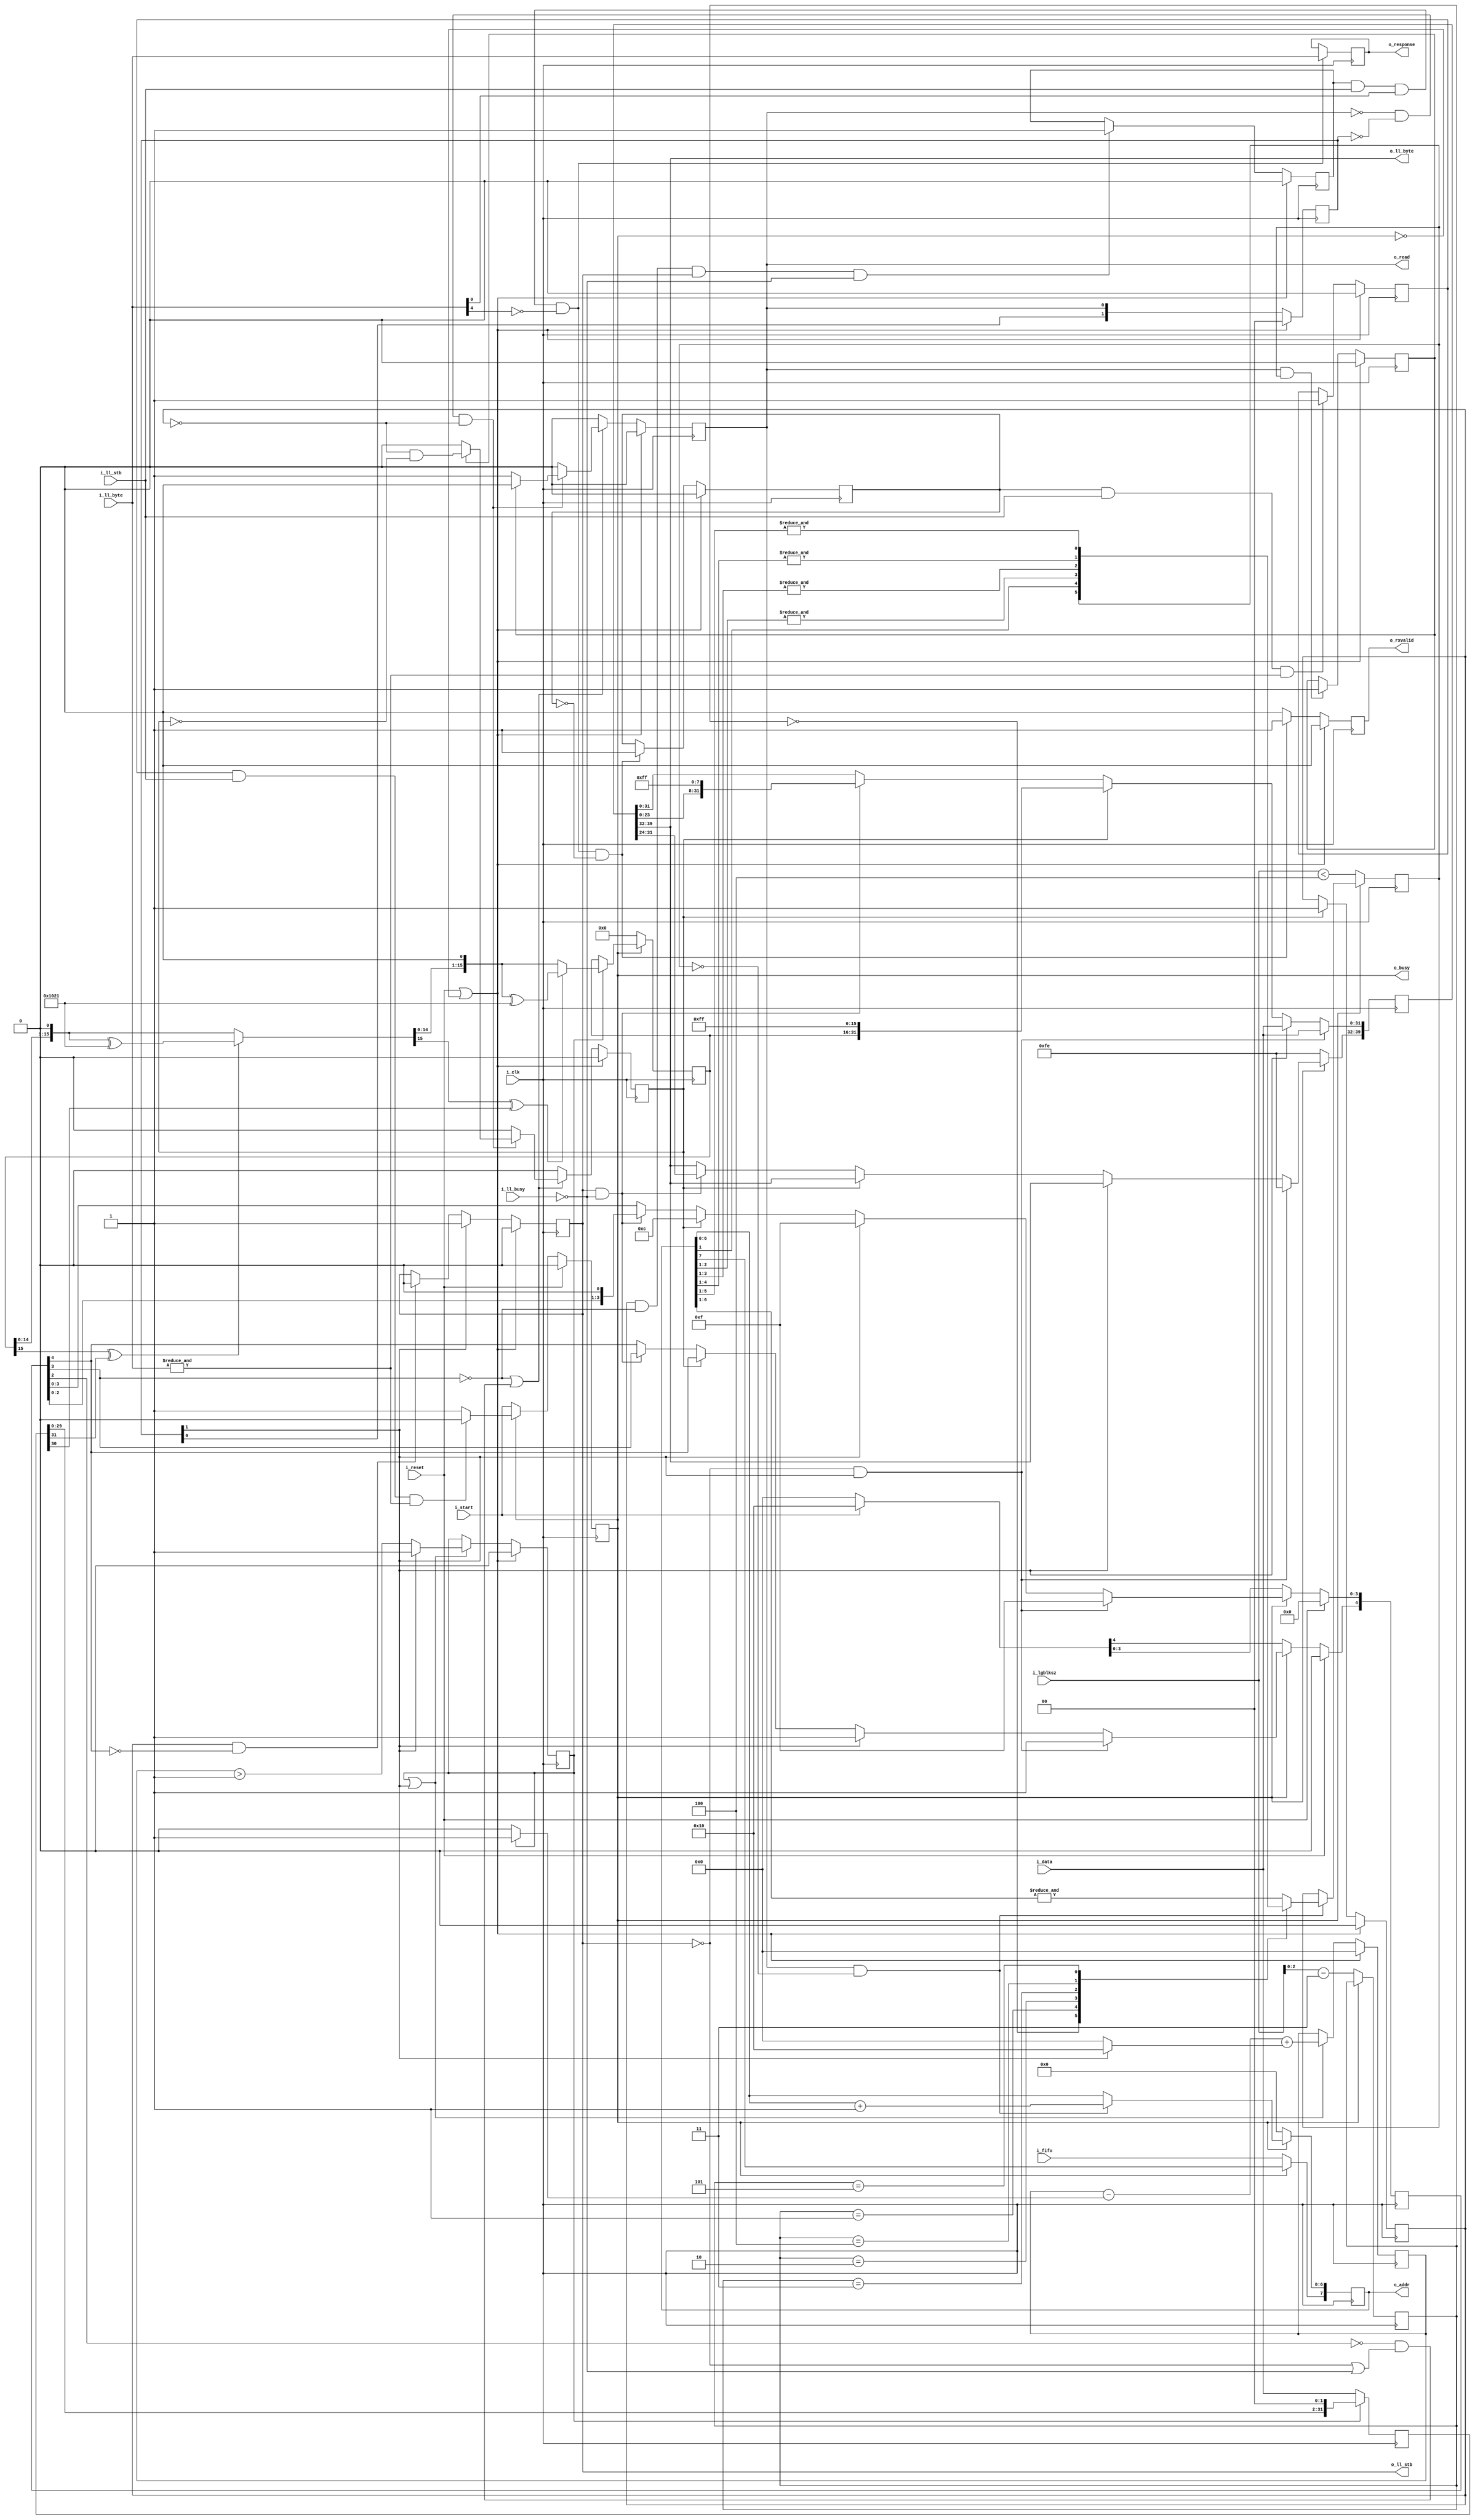
module spitxdata #(
		// {{{
		parameter	DW = 32, AW = 8, RDDELAY = 2,
		parameter [0:0]	OPT_LITTLE_ENDIAN = 1'b0,
		localparam	CRC_POLYNOMIAL = 16'h1021
		// }}}
	) (
		// {{{
		input	wire	i_clk, i_reset,
		//
		input	wire		i_start,
		input	wire	[3:0]	i_lgblksz,
		input	wire		i_fifo,
		output	reg		o_busy,
		//
		output	reg 		o_read,
		output	reg [AW-1:0]	o_addr,
		input	wire [DW-1:0]	i_data,
		//
		input	wire		i_ll_busy,
		output	reg		o_ll_stb,
		output	wire [7:0]	o_ll_byte,
		//
		input	wire		i_ll_stb,
		input	wire [7:0]	i_ll_byte,
		//
		output	reg 		o_rxvalid,
		output	reg [7:0]	o_response
		// }}}
	);

	// Signal declarations
	// {{{
	reg	[RDDELAY-1:0]		rdvalid;
	reg	[8+DW-1:0]		gearbox;
	reg	[1+(DW/8)-1:0]		fill;
	reg				crc_flag, crc_stb, data_read,
					all_mem_read;

	reg				lastaddr, data_sent, received_token,
					all_idle;
	reg				crc_active;
	reg [$clog2(1+DW/2)-1:0]	crc_fill;
	(* keep *) reg	[DW-1:0]	crc_gearbox;
	reg	[15:0]			crc_data;

	reg				token;
	reg	[2:0]			r_lgblksz_m3;
	reg	[15:0]			next_crc_data;
	// }}}

	// token
	// {{{
	always @(*)
		token = (data_sent && i_ll_stb && i_ll_byte[0] &&!i_ll_byte[4]);
	// }}}

	// o_busy
	// {{{
	initial	o_busy = 0;
	always @(posedge i_clk)
	if (i_reset)
		o_busy <= 0;
	else if (!o_busy)
		o_busy <= i_start;
	else if (all_idle && i_ll_stb && (&i_ll_byte))
		o_busy <= 0;
	// }}}

	// o_rxvalid, received_token
	// {{{
	initial	o_rxvalid = 0;
	initial	received_token = 0;
	always @(posedge i_clk)
	if (i_reset || !o_busy)
		{ received_token, o_rxvalid } <= 0;
	else if (token && !received_token)
		{ received_token, o_rxvalid } <= 2'b11;
	else
		o_rxvalid <= 0;
	// }}}

	// all_idle
	// {{{
	initial	all_idle = 0;
	always @(posedge i_clk)
	if (i_reset || !o_busy)
		all_idle <= 0;
	else if (received_token && i_ll_stb && (&i_ll_byte))
		all_idle <= 1'b1;
	// }}}

	// o_response
	// {{{
	always @(posedge i_clk)
	if (token)
		o_response <= i_ll_byte;
	// }}}

	// o_read & o_addr
	// 0: arbited read request
	// 1: read data
	// 2: muxed read data

	// rdvalid
	// {{{
	initial	rdvalid = 0;
	always @(posedge i_clk)
	if (i_reset || !o_busy)
		rdvalid <= 0;
	else
		rdvalid <= { rdvalid[RDDELAY-2:0], o_read };
	// }}}

	// o_ll_stb
	// {{{
	initial	o_ll_stb = 0;
	always @(posedge i_clk)
	if (i_reset || !o_busy)
		o_ll_stb <= 0;
	else if (rdvalid[RDDELAY-1])
		o_ll_stb <= 1;
	else if (data_read && !fill[4])
		o_ll_stb <= 0;
	// }}}

	// fill
	// {{{
	initial	fill = 0;
	always @(posedge i_clk)
	begin
		if (!o_ll_stb && rdvalid[RDDELAY-1])
		begin
			if (OPT_LITTLE_ENDIAN)
				gearbox <= { i_data, 8'hfe };
			else
				gearbox <= { 8'hfe, i_data };
			fill <= 5'h1f;
		end else if (rdvalid[RDDELAY-1])
		begin
			if (OPT_LITTLE_ENDIAN)
				gearbox <= { i_data, gearbox[7:0] };
			else
				gearbox <= { gearbox[DW+8-1:DW], i_data };
			fill <= 5'h1f;
		end else if (crc_stb)
		begin
			if (OPT_LITTLE_ENDIAN)
				gearbox <= { 16'hff, crc_data[7:0], crc_data[15:8], gearbox[7:0] };
			else
				gearbox <= { gearbox[DW+8-1:DW], crc_data, 16'hff };
			fill[3:0] <= 4'hc;
		end else if (o_ll_stb && !i_ll_busy)
		begin
			if (OPT_LITTLE_ENDIAN)
				gearbox <= { 8'hff, gearbox[DW+8-1:8] };
			else
				gearbox <= { gearbox[DW-1:0], 8'hff };
			fill <= fill << 1;
		end

		if (!o_busy)
		begin
			if (OPT_LITTLE_ENDIAN)
				gearbox[7:0] <= 8'hfe;	// Start token
			else
				gearbox[39:32] <= 8'hfe;	// Start token
		end

		if (i_reset)
			fill <= 0;
		else if (!o_busy)
			fill <= (i_start) ? 5'h10 : 0;
	end
	// }}}

	generate if (OPT_LITTLE_ENDIAN)
	begin : GEN_LILEND
		assign	o_ll_byte = gearbox[7:0];
	end else begin : GEN_BIG_ENDIAN
		assign	o_ll_byte = gearbox[39:32];
	end endgenerate

	// crc_stb, o_read
	// {{{
	initial	{ crc_stb, o_read } = 0;
	always @(posedge i_clk)
	if (i_reset || !o_busy)
		{ crc_stb, o_read } <= 0;
	else if (!fill[3] || (!fill[2] && (!o_ll_stb || !i_ll_busy)))
	begin
		{ crc_stb, o_read } <= 0;
		if (!o_read && rdvalid == 0 && !data_read)
		begin
			if (!all_mem_read)
				o_read <= 1;
			else
				crc_stb <= (!crc_flag)&&(!crc_stb);
		end
	end else
		{ crc_stb, o_read } <= 0;
	// }}}

	// o_addr
	// {{{
	always @(posedge i_clk)
	if (!o_busy)
		o_addr <= { i_fifo, {(AW-1){1'b0}} };
	else if (o_read && !lastaddr)
		o_addr[AW-2:0] <= o_addr[AW-2:0] + 1;
	// }}}

	// all_mem_read
	// {{{
	initial	all_mem_read = 0;
	always @(posedge i_clk)
	if (i_reset || !o_busy)
		all_mem_read <= 0;
	else if (o_read && lastaddr)
		all_mem_read <= 1;
	// }}}

	// crc_flag
	// {{{
	initial	crc_flag = 0;
	always @(posedge i_clk)
	if (i_reset || !o_busy)
		crc_flag <= 0;
	else if (crc_stb)
		crc_flag <= 1;
	// }}}

	// data_read
	// {{{
	always @(*)
		data_read = crc_flag;
	// }}}

	// data_sent
	// {{{
	initial	data_sent = 0;
	always @(posedge i_clk)
	if (i_reset || !o_busy)
		data_sent <= 1'b0;
	else if (data_read && !fill[3] && o_ll_stb && !i_ll_busy)
		data_sent <= 1'b1;
	// }}}

	// r_lgblksz_m3, lastaddr
	// {{{
	initial	r_lgblksz_m3 = 0;
	initial	lastaddr = 0;
	always @(posedge i_clk)
	if (!o_busy)
	begin
		lastaddr <= (i_lgblksz < 4);
		// Verilator lint_off WIDTH
		r_lgblksz_m3 <= i_lgblksz-3;
		// Verilator lint_on WIDTH
	end else if (o_read && !lastaddr)
	begin
		case(r_lgblksz_m3)
		0: begin end // assert(lastaddr);		//   8 bytes
		1: lastaddr <= (&o_addr[1:1]);	//  16 bytes
		2: lastaddr <= (&o_addr[2:1]);	//  32 bytes
		3: lastaddr <= (&o_addr[3:1]);	//  64 bytes
		4: lastaddr <= (&o_addr[4:1]);	// 128 bytes
		5: lastaddr <= (&o_addr[5:1]);	// 256 bytes
		default: lastaddr <= (&o_addr[6:1]);	// 512 bytes
		endcase
	end
	// }}}

	////////////////////////////////////////////////////////////////////////
	//
	// CRC calculation
	// {{{
	////////////////////////////////////////////////////////////////////////
	//
	//

	// crc_fill
	// {{{
	initial	crc_fill = 0;
	always @(posedge i_clk)
	if (i_reset || !o_busy)
	begin
		crc_fill <= 0;
		crc_active <= 0;
	end else if (crc_active || rdvalid[RDDELAY-1])
	begin
		// Verilator lint_off WIDTH
		crc_fill <= crc_fill - (crc_active ? 1:0)
					+ (rdvalid[RDDELAY-1] ? (DW/2):0);
		// Verilator lint_on WIDTH
		if (rdvalid[RDDELAY-1])
			crc_active <= 1;
		else
			crc_active <= (crc_fill > 1);
	end
	// }}}

	// crc_gearbox
	// {{{
	always @(posedge i_clk)
	if (!crc_active)
	begin
		if (OPT_LITTLE_ENDIAN)
			crc_gearbox <= { i_data[7:0], i_data[15:8], i_data[23:16], i_data[31:24] };
		else
			crc_gearbox <= i_data;
	end else
		crc_gearbox <= { crc_gearbox[DW-3:0], 2'b00 };
	// }}}

	// next_crc_data
	// {{{
	always @(*)
	begin
		next_crc_data = crc_data << 1;;

		if (crc_data[15] ^ crc_gearbox[31])
			next_crc_data = next_crc_data ^ CRC_POLYNOMIAL;

		if (next_crc_data[15] ^ crc_gearbox[30])
			next_crc_data = (next_crc_data << 1) ^ CRC_POLYNOMIAL;
		else
			next_crc_data = (next_crc_data << 1);
	end
	// }}}

	// crc_data
	// {{{
	always @(posedge i_clk)
	if (!o_busy)
		crc_data <= 0;
	else if (crc_active)
		crc_data <= next_crc_data;
	// }}}
	// }}}
////////////////////////////////////////////////////////////////////////////////
////////////////////////////////////////////////////////////////////////////////
////////////////////////////////////////////////////////////////////////////////
//
// Formal properties
// {{{
////////////////////////////////////////////////////////////////////////////////
////////////////////////////////////////////////////////////////////////////////
////////////////////////////////////////////////////////////////////////////////
`ifdef	FORMAL
`ifdef	SPITXDATA
`define	ASSUME	assume
`else
`define	ASSUME	assert
`endif

	reg		f_past_valid;
	reg	[3:0]	f_lgblksz;
	wire	[3:0]	f_lgblksz_m3;


	initial	f_past_valid = 0;
	always @(posedge i_clk)
		f_past_valid <= 1;

	// Reset check(s)
	always @(posedge i_clk)
	if (!f_past_valid || $past(i_reset))
	begin
		assert(!o_ll_stb);
		assert(!o_busy);
		assert(rdvalid  == 0);
		assert(!o_rxvalid);
	end

	always @(posedge i_clk)
	if (!f_past_valid || !$past(o_busy))
	begin
		assert(rdvalid  == 0);
		assert(!o_rxvalid);
		if (!f_past_valid || $past(i_reset))
			assert(fill == 0);
		else if ($past(i_start))
			assert(fill == 5'h10);
		else
			assert(fill == 0);
		assert(crc_fill == 0);
	end

	////////////////////////////////////////////////////////////////////////
	//
	// Data assumptions
	//
	reg	[6:0]	f_last_read;

	initial	f_last_read = 0;
	always @(posedge i_clk)
	begin
		f_last_read <= f_last_read << 1;
		if (o_ll_stb && !i_ll_busy)
			f_last_read[0] <= 1;
	end

`ifdef	VERIFIC
	always @(*)
		`ASSUME($onehot0({f_last_read, (o_ll_stb && !i_ll_busy)}));
`else
	always @(*)
	case({f_last_read, (o_ll_stb && !i_ll_busy)})
	8'h00: begin end
	8'h01: begin end
	8'h02: begin end
	8'h04: begin end
	8'h08: begin end
	8'h10: begin end
	8'h20: begin end
	8'h40: begin end
	8'h80: begin end
	default: `ASSUME(0);
	endcase
`endif


	always @(*)
	if (i_start)
	begin
		`ASSUME(i_lgblksz <= 9);
		`ASSUME(i_lgblksz  > 2);
	end

	always @(*)
	if (crc_fill > 1)
	begin
		assert(o_ll_stb);
		assert(!crc_stb);
	end

	always @(*)
	if (o_read || rdvalid != 0)
		assert(!o_ll_stb || i_ll_busy);

	////////////////////////////////////////////////////////////////////////
	//
	// Induction assertions
	//

	always @(*)
	if (rdvalid != 0)
		assert(crc_fill <= 1);

	always @(*)
	if (o_busy)
		assert(crc_active == (crc_fill > 0));

	always @(*)
	if (o_read)
		assert(rdvalid == 0);
	else
`ifdef	VERIFIC
		assert($onehot0(rdvalid));
`else
	begin
		assert((rdvalid == 0)
			||(rdvalid == 1)
			||(rdvalid == 2)
			||(rdvalid == 4));
	end
`endif

	always @(*)
	if (o_busy && all_idle)
		assert(received_token);

	always @(*)
	if (o_busy && received_token)
		assert(data_sent);

	always @(*)
	if (o_busy && data_sent)
	begin
		assert(data_read);
		assert(!crc_stb);
		assert(!crc_active);
	end

	always @(*)
	if (crc_fill > 5'h0c)
		assert(&fill[4:1]);
	else if (crc_fill > 4)
		assert(&fill[4:2]);
	else if (crc_fill > 0)
		assert(&fill[4:3]);

	always @(*)
		assert(crc_fill <= 5'h10);
	always @(*)
	if (o_busy && data_read)
	begin
		assert(crc_flag);
		assert(!crc_stb);
		assert(!crc_active);
	end

	always @(*)
	if (o_busy && crc_flag)
	begin
		assert(!crc_stb);
		assert(all_mem_read);
		assert(!crc_active);
	end

	always @(posedge i_clk)
	if (f_past_valid && !$past(i_reset) && $past(o_busy))
		assert($rose(crc_flag) == $past(crc_stb));

	always @(*)
	if (o_busy && all_mem_read)
		assert(lastaddr);

	always @(*)
	if (o_busy && !lastaddr)
		assert(!all_mem_read);

	always @(posedge i_clk)
	if (!o_busy)
		f_lgblksz <= i_lgblksz;

	assign	f_lgblksz_m3 = f_lgblksz - 3;

	always @(*)
	if(o_busy)
		assert(f_lgblksz >= 3);

	always @(*)
	if (o_busy)
		assert(f_lgblksz_m3[2:0] == r_lgblksz_m3);

	always @(*)
	if (o_busy)
	case(r_lgblksz_m3)
	3'h0: assert(lastaddr);			//   8 bytes
	3'h1: assert(lastaddr == (&o_addr[1:0]));	//  16 bytes
	3'h2: assert(lastaddr == (&o_addr[2:0]));	//  32 bytes
	3'h3: assert(lastaddr == (&o_addr[3:0]));	//  64 bytes
	3'h4: assert(lastaddr == (&o_addr[4:0]));	// 128 bytes
	3'h5: assert(lastaddr == (&o_addr[5:0]));	// 256 bytes
	default: assert(lastaddr == (&o_addr[AW-2:0]));
	endcase

	always @(*)
	if (o_ll_stb && !data_sent)
		assert(fill[4]);

	always @(*)
	if (fill != 0)
		assert(fill[DW/8]);

	genvar	k;

	generate for(k=DW/8; k>0; k=k-1)
	begin
		always @(*)
		if ((fill != 0) && !fill[k])
			assert(fill[k-1:0]==0);
	end endgenerate

	always @(posedge i_clk)
	if (f_past_valid && $past(crc_stb))
		assert(!crc_stb);

////////////////////////////////////////////////////////////////////////////////
////////////////////////////////////////////////////////////////////////////////
////////////////////////////////////////////////////////////////////////////////
//
// Formal property section
//
////////////////////////////////////////////////////////////////////////////////
////////////////////////////////////////////////////////////////////////////////
////////////////////////////////////////////////////////////////////////////////
`ifdef	SPITXDATA
	reg	[5:0]		f_read_seq;
	(* anyseq *) reg	f_read_check;
	reg	[DW-1:0]	f_read_data;

	always @(posedge i_clk)
	if (rdvalid[RDDELAY-1])
		f_read_data <= i_data;

	always @(*)
	if (f_read_seq != 0)
		assume(!f_read_check);

	initial	f_read_seq = 0;
	always @(posedge i_clk)
	if (!o_busy)
		f_read_seq <= 0;
	else if (f_read_check && o_read)
		f_read_seq <= 1;
	else if (rdvalid != 0)
	begin
		if (rdvalid[RDDELAY-1])
			f_read_seq <= 2;
	end else if (!i_ll_busy)
		f_read_seq <= (f_read_seq << 1);

	always @(*)
	if (i_reset || !o_busy || (f_read_seq == 0))
	begin end
	else case(f_read_seq)
	6'h01: begin
		assert(rdvalid != 0);
		assert(fill == 5'h10);
		end
	6'h02: begin
		assert(o_ll_stb);
		assert(rdvalid == 0);
		assert(fill == 5'h1f);
		if (OPT_LITTLE_ENDIAN)
			assert(gearbox[DW+8-1:8] == f_read_data);
		else
			assert(gearbox[DW-1:0] == f_read_data);
		end
	6'h04: begin
		assert(o_ll_stb);
		assert(rdvalid == 0);
		assert(fill == 5'h1e);
		if (OPT_LITTLE_ENDIAN)
			assert(gearbox[DW-1:0] == f_read_data);
		else
			assert(gearbox[8+DW-1:8] == f_read_data);
		end
	6'h08: begin
		assert(o_ll_stb);
		assert(rdvalid == 0);
		assert(fill == 5'h1c);
		if (OPT_LITTLE_ENDIAN)
			assert(gearbox[DW-8-1:0] == f_read_data[31:8]);
		else
			assert(gearbox[8+DW-1:16] == f_read_data[23:0]);
		end
	6'h10: begin
		assert(o_ll_stb);
		assert(rdvalid == 0);
		assert(fill == 5'h18);
		if (OPT_LITTLE_ENDIAN)
			assert(gearbox[DW-16-1:0] == f_read_data[31:16]);
		else
			assert(gearbox[8+DW-1:24] == f_read_data[15:0]);
		end
	6'h20: begin
		assert(o_ll_stb);
		assert(fill[4]);
		if (OPT_LITTLE_ENDIAN)
			assert(gearbox[DW-24-1:0] == f_read_data[31:24]);
		else
			assert(gearbox[8+DW-1:DW] == f_read_data[7:0]);
		end
	default:
`ifdef	VERIFIC
		assert($onehot0(f_read_seq));
`else
		if (f_read_seq)
			assert(0);
`endif
	endcase
`endif
	////////////////////////////////////////////////////////////////////////
	//
	// Cover properties
	//
	always @(posedge i_clk)
	begin
		cover(f_lgblksz == 4 && o_rxvalid);
		cover(o_busy && f_lgblksz == 4 && o_addr == 8'h00);
		cover(o_busy && f_lgblksz == 4 && o_addr == 8'h01);
		cover(o_busy && f_lgblksz == 4 && o_addr == 8'h02);
		cover(o_busy && f_lgblksz == 4 && o_addr == 8'h03);
		cover(o_busy && f_lgblksz == 4 && lastaddr);
		cover(o_busy && f_lgblksz == 4 && crc_stb);
		cover(o_busy && f_lgblksz == 4 && all_mem_read);
		cover(o_busy && f_lgblksz == 4 && crc_flag);
		cover(o_busy && f_lgblksz == 4 && data_read);
		cover(o_busy && f_lgblksz == 4 && data_sent);
		cover(o_busy && f_lgblksz == 4 && received_token);
		cover(o_busy && f_lgblksz == 4 && all_idle);
		cover(!o_busy && f_lgblksz == 4 && all_idle);
	end
`endif
// }}}
endmodule